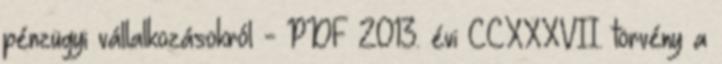
pénzügyi vállalkozásokról - PDF 2013. évi CCXXXVII. törvény a